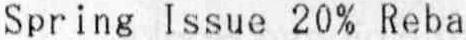
SPRING ISSUE 20% REBA